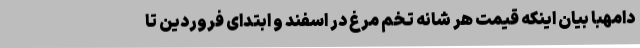
دامهبا بیان اینکه قیمت هر شانه تخم مرغ در اسفند و ابتدای فروردین تا